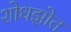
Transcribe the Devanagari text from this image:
शोधझोत